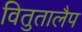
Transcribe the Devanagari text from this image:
वितुतालैप